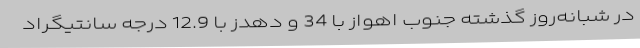
در شبانه‌روز گذشته جنوب اهواز با 34 و دهدز با 12.9 درجه‌ سانتیگراد